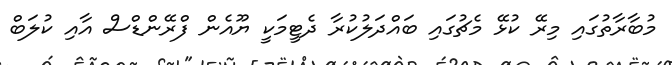
މުބާރާތުގައި މިރޭ ކުޅޭ މެޗުގައި ބައްދަލުކުރާ ދެޓީމަކީ ޔޫއެން ފްރޭންޑްސް އާއި ކުލަބް